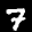
Label: 7